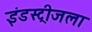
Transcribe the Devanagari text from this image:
इंडस्ट्रीजला